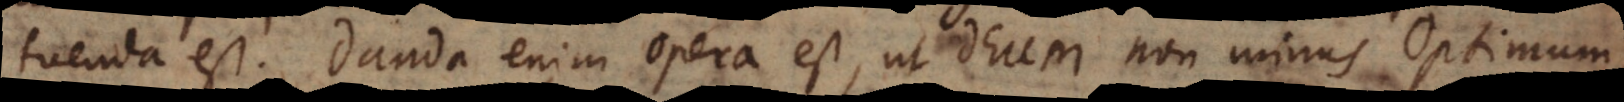
tuenda est. Danda enim opera est, ut Deum non minus Optimum,